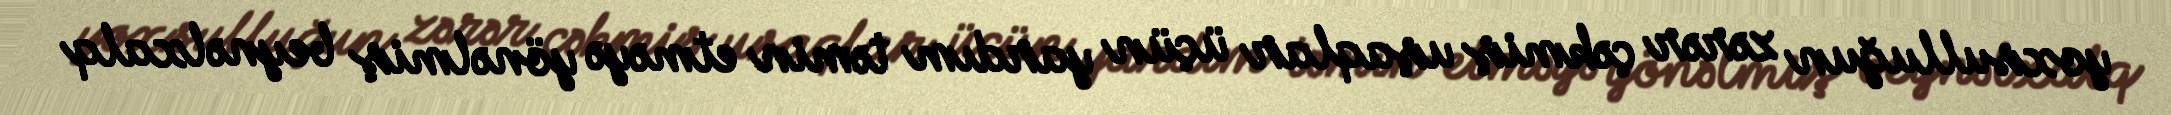
yoxsulluğun zərər çəkmiş uşaqlar üçün yardım təmin etməyə yönəlmiş beynəlxalq